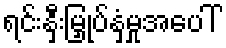
ရင်းနှီးမြှုပ်နှံမှုအပေါ်